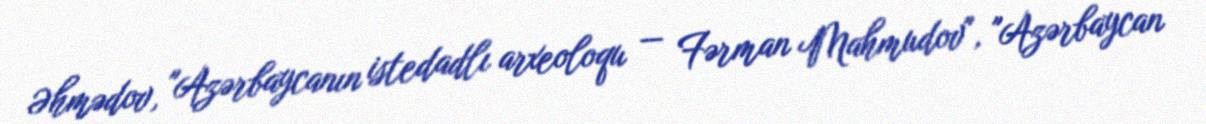
Əhmədov, "Azərbaycanın istedadlı arxeoloqu — Fərman Mahmudov", "Azərbaycan